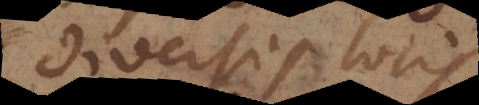
diversis locis